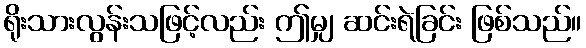
ရိုးသားလွန်းသဖြင့်လည်း ဤမျှ ဆင်းရဲခြင်း ဖြစ်သည်။